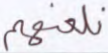
نلعنهم